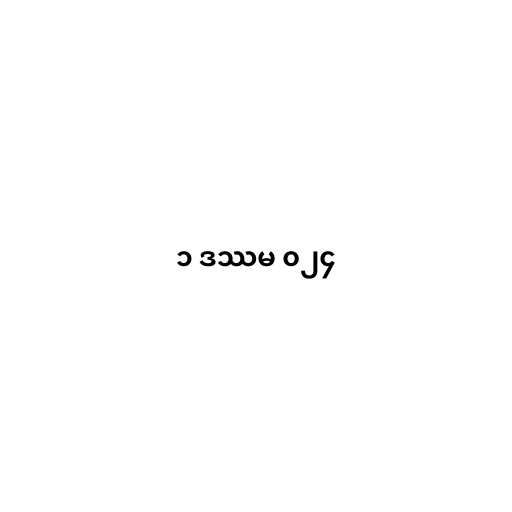
၁ ဒဿမ ၀၂၄